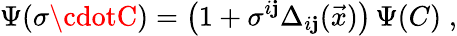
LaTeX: \Psi(\sigma\cdotC)=\left(1+\sigma^{i\mathbf{j}}\Delta_{i\mathbf{j}}(\vec{{x}})\right)\, \Psi(C)\; ,